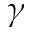
\gamma